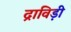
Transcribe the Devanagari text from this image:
द्राविड़ी